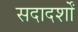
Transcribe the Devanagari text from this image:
सदादर्शों